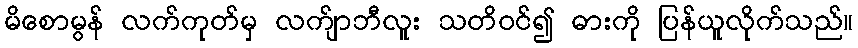
မိစောမွန် လက်ကုတ်မှ လက်ျာဘီလူး သတိဝင်၍ ဓားကို ပြန်ယူလိုက်သည်။